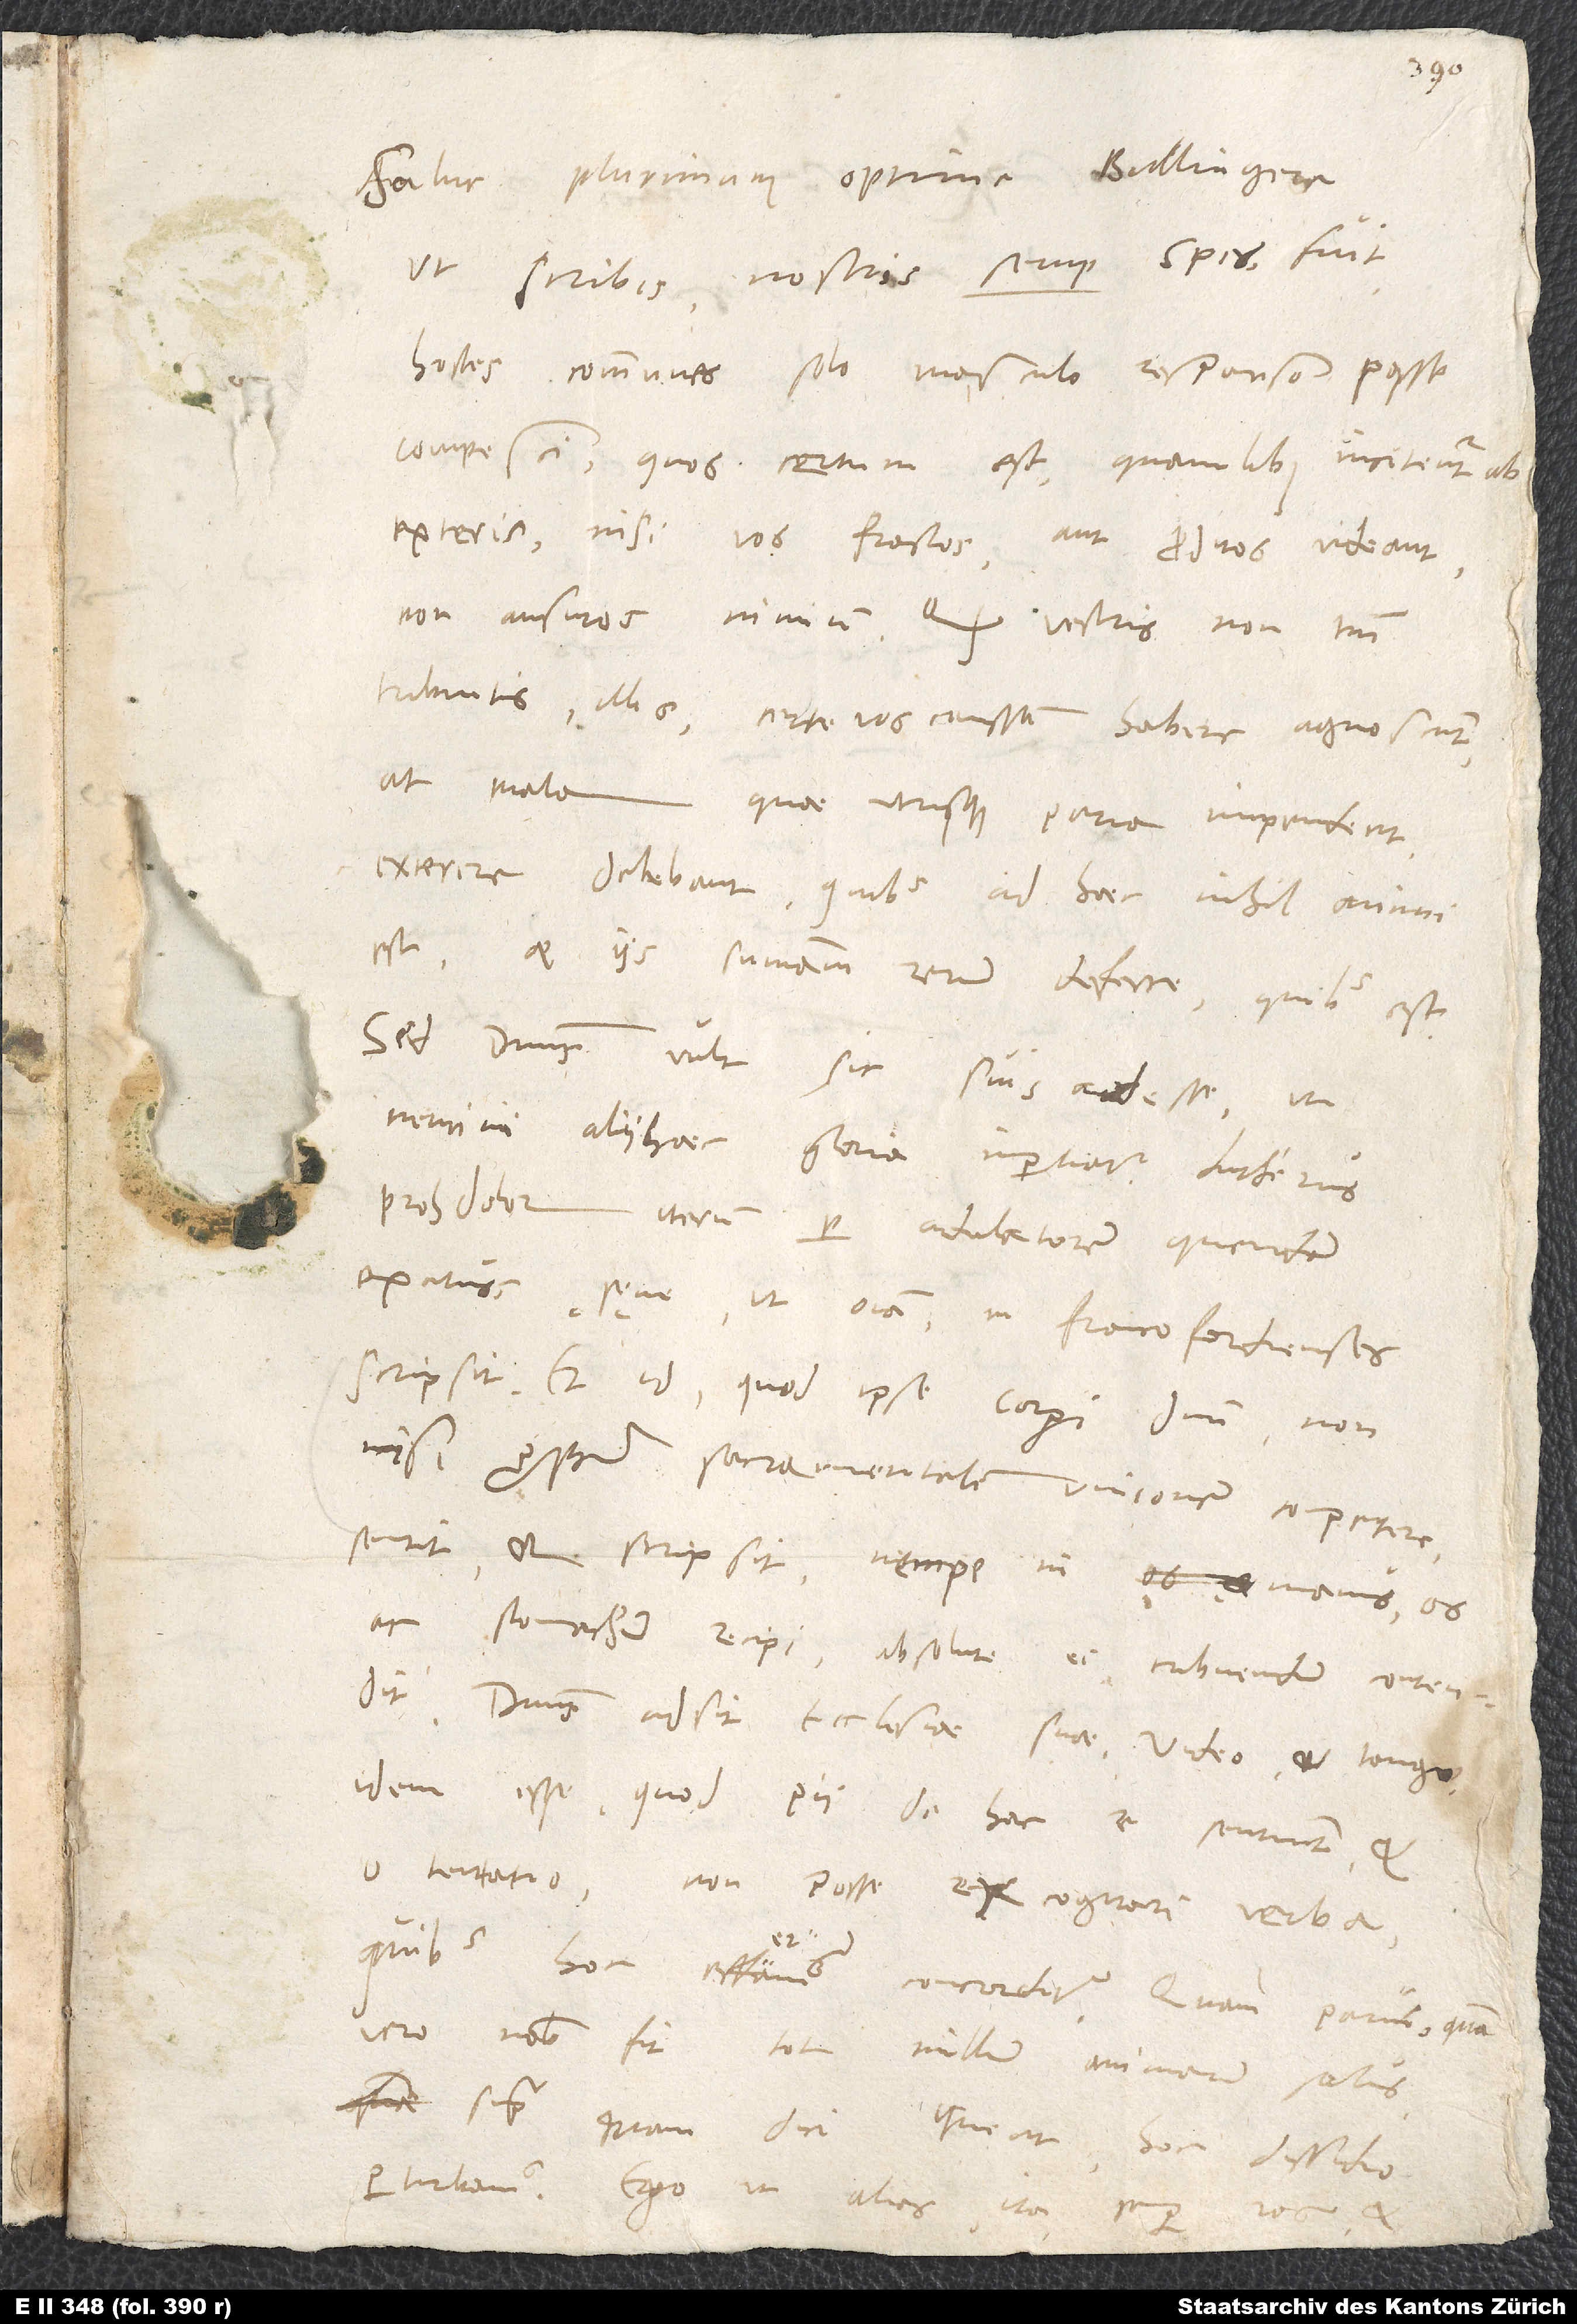
plurimum, optime Bullingere.
Ut scribis, nostris semper spes fuit
hostes communes solo masculo responso posse
compesci, quos certum est, quamlibet incitentur ab
exteris, nisi vos fractos aut proditos videant,
non ausuros nimium. Quod vestris non tantum
tribuitis illis, certe vos caussam habere agnoscunt.
At mala, quae utrisque paria impendent,
exterere debebant, quibus ad haec nihil animi
est, et iis summam rerum deferre, quibus est.
Sed dominus vult sic suis adesse, ut
proh dolor, iterum per adulatorem quendam
excitus sęve ut omnia in Francofordienses
scripsit. Et id, quod ipse corpori domini non
nisi propter sacramentalem unionem competere
sentit et scripsit, nempe in manus, os
ac stomachum recipi, absolute ei tribuendum contendit.
Dominus adsit ecclesiae suae. Video et tango
idem esse, quod pii de hac re sentiunt, et,
o tentatio, non posse excogitari verba,
quibus hoc efferamus concorditer. Quam parvi, quam
vero nobis fit! Tot millium animarum salus
supra quam dici queat hoc dissidio
perturbamus. Ego ut alias ita semper